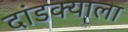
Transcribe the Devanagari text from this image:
दांडक्याला